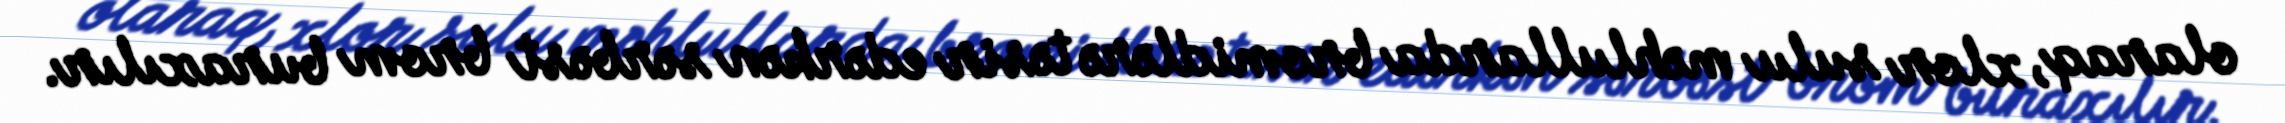
olaraq, xlor sulu məhlullarda bromidlərə təsir edərkən sərbəst brom buraxılır.